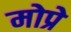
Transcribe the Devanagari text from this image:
मोप्रे